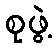
စုဖွဲ့